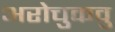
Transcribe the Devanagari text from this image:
अरोचुकवु